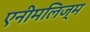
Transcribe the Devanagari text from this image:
एनीमलिज्म